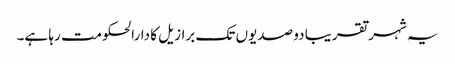
یہ شہر تقریبا دو صدیوں تک برازیل کا دارالحکومت رہا ہے۔